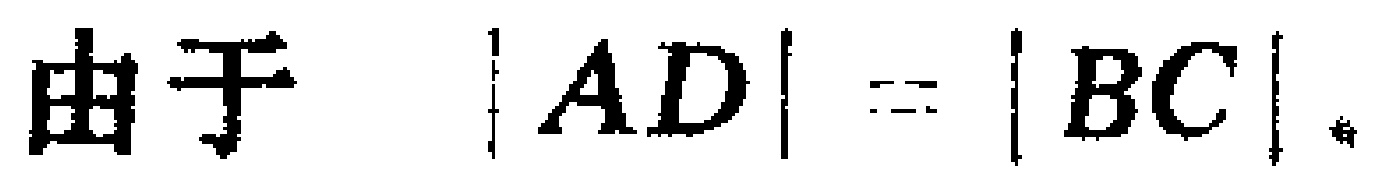
由于 \(|AD| = |BC|\)。